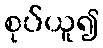
စုပ်ယူ၍